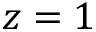
z = 1